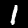
Label: 1